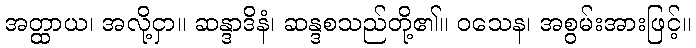
အတ္ထာယ၊ အလို့ငှာ။ ဆန္ဒာဒိနံ၊ ဆန္ဒစသည်တို့၏။ ဝသေန၊ အစွမ်းအားဖြင့်။